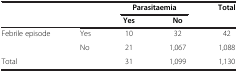
|  |  | <COLSPAN=2> Parasitaemia | Total |
 |  |  | Yes | No |  |
 | --- | --- | --- | --- | --- |
 | Febrile episode | Yes | 10 | 32 | 42 |
 |  | No | 21 | 1,067 | 1,088 |
 | Total |  | 31 | 1,099 | 1,130 |